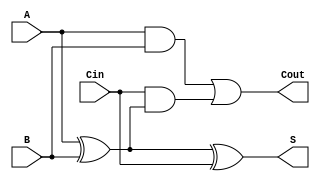
module full_adder (
    input wire A,     // First significant bit
    input wire B,     // Second significant bit
    input wire Cin,   // Carry-in bit
    output wire S,    // Sum output
    output wire Cout   // Carry-out output
);

// Internal signals
wire X; // Intermediate result from A XOR B

// Compute the sum (S)
assign X = A ^ B;         // Intermediate XOR for A and B
assign S = X ^ Cin;      // Final sum computation

// Compute the carry-out (Cout)
assign Cout = (A & B) | (Cin & X); // Carry-out computation

endmodule